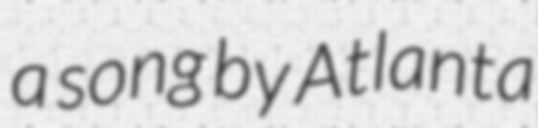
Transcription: a song by Atlanta